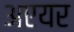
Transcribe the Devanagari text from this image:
अएयर